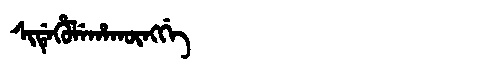
Manchu: ᠰᡳᡩᡝᡥᡠᠯᡝᡥᠠᡴᡡᠩᡤᡝ
Romanization: SIDEHULEHAKŪNGGE